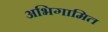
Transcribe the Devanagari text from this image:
अभिगामित